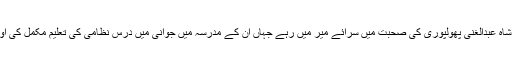
بعد ازاں 17 برس مولانا شاہ عبدالغنی پھولپوری کی صحبت میں سرائے میر میں رہے جہاں ان کے مدرسہ میں جوانی میں درس نظامی کی تعلیم مکمل کی اور خلافت بھی حاصل کی۔